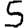
Digit: 5